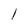
Character: l